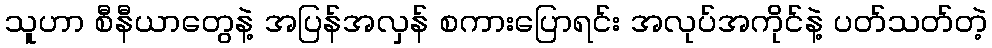
သူဟာ စီနီယာတွေနဲ့ အပြန်အလှန် စကားပြောရင်း အလုပ်အကိုင်နဲ့ ပတ်သတ်တဲ့